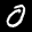
Label: 0